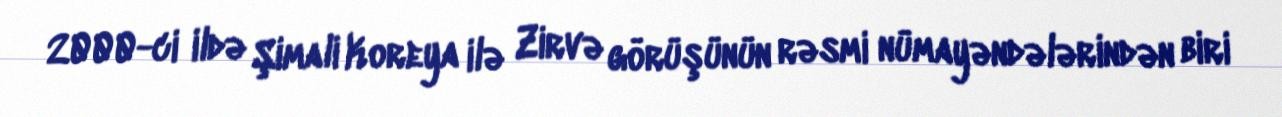
2000-ci ildə Şimali Koreya ilə Zirvə görüşünün rəsmi nümayəndələrindən biri